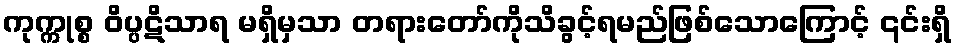
ကုက္ကုစ္စ ဝိပ္ပဋိသာရ မရှိမှသာ တရားတော်ကိုသိခွင့်ရမည်ဖြစ်သောကြောင့် ၎င်းရှိ